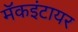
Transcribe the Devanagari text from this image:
मॅकइंटायर